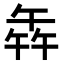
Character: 𭅦